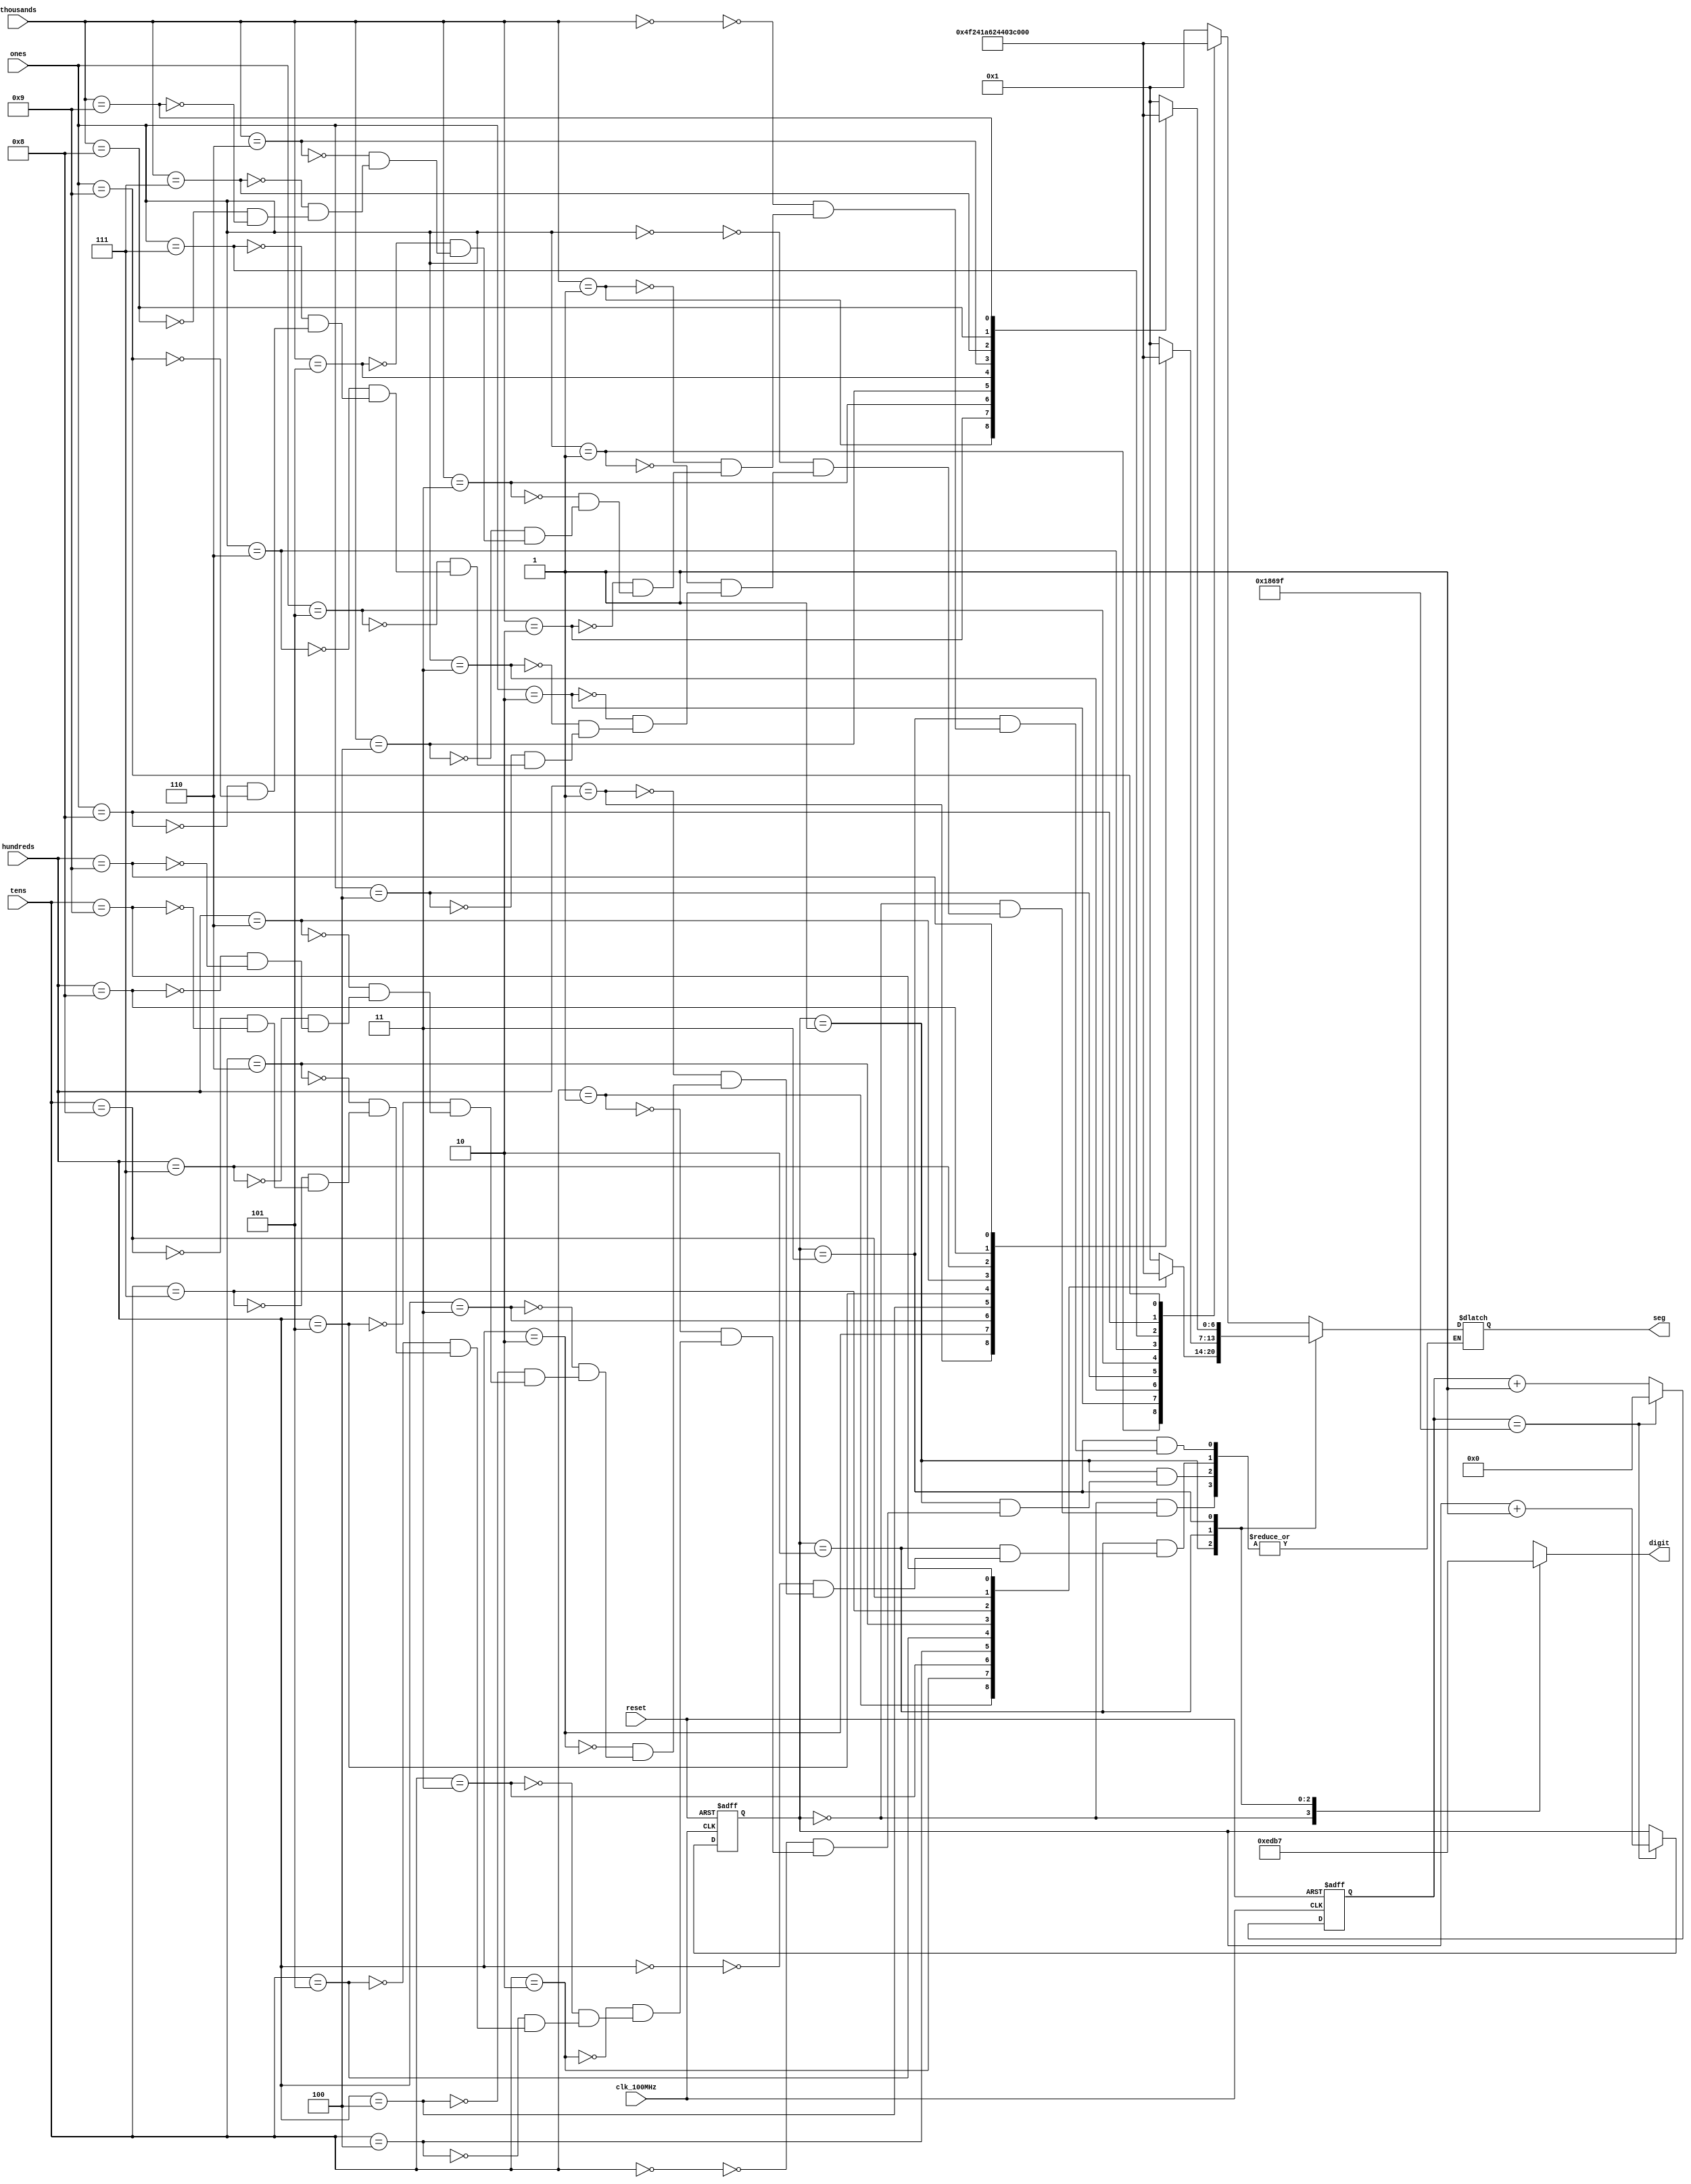
`timescale 1ns / 1ps

module seven_seg(
    input clk_100MHz,
    input reset,
    input [3:0] ones,
    input [3:0] tens,
    input [3:0] hundreds,
    input [3:0] thousands,
    output reg [0:6] seg,       // segment pattern 0-9
    output reg [3:0] digit      // digit select signals
    );
    
    // Parameters for segment patterns
    parameter ZERO  = 7'b000_0001;  // 0
    parameter ONE   = 7'b100_1111;  // 1
    parameter TWO   = 7'b001_0010;  // 2 
    parameter THREE = 7'b000_0110;  // 3
    parameter FOUR  = 7'b100_1100;  // 4
    parameter FIVE  = 7'b010_0100;  // 5
    parameter SIX   = 7'b010_0000;  // 6
    parameter SEVEN = 7'b000_1111;  // 7
    parameter EIGHT = 7'b000_0000;  // 8
    parameter NINE  = 7'b000_0100;  // 9
    
    // To select each digit in turn
    reg [1:0] digit_select;     // 2 bit counter for selecting each of 4 digits
    reg [16:0] digit_timer;     // counter for digit refresh
    
    // Logic for controlling digit select and digit timer
    always @(posedge clk_100MHz or posedge reset) begin
        if(reset) begin
            digit_select <= 0;
            digit_timer <= 0; 
        end
        else                                        // 1ms x 4 displays = 4ms refresh period
            if(digit_timer == 99_999) begin         // The period of 100MHz clock is 10ns (1/100,000,000 seconds)
                digit_timer <= 0;                   // 10ns x 100,000 = 1ms (99_999)
                digit_select <=  digit_select + 1;
            end
            else
                digit_timer <=  digit_timer + 1;
    end
   
    always @(digit_select) begin
        case(digit_select) 
            2'b00 : digit = 4'b1110;  
            2'b01 : digit = 4'b1101;   
            2'b10 : digit = 4'b1011;   
            2'b11 : digit = 4'b0111;  
        endcase
    end
    
    
    always @*
        case(digit_select)
            2'b00 : begin       // ONES DIGIT
                        case(ones)
                            4'b0000 : seg = ZERO;
                            4'b0001 : seg = ONE;
                            4'b0010 : seg = TWO;
                            4'b0011 : seg = THREE;
                            4'b0100 : seg = FOUR;
                            4'b0101 : seg = FIVE;
                            4'b0110 : seg = SIX;
                            4'b0111 : seg = SEVEN;
                            4'b1000 : seg = EIGHT;
                            4'b1001 : seg = NINE;
                        endcase
                    end
                    
            2'b01 : begin       // TENS DIGIT
                        case(tens)
                            4'b0000 : seg = ZERO;
                            4'b0001 : seg = ONE;
                            4'b0010 : seg = TWO;
                            4'b0011 : seg = THREE;
                            4'b0100 : seg = FOUR;
                            4'b0101 : seg = FIVE;
                            4'b0110 : seg = SIX;
                            4'b0111 : seg = SEVEN;
                            4'b1000 : seg = EIGHT;
                            4'b1001 : seg = NINE;
                        endcase
                    end
                    
            2'b10 : begin       // HUNDREDS DIGIT
                        case(hundreds)
                            4'b0000 : seg = ZERO;
                            4'b0001 : seg = ONE;
                            4'b0010 : seg = TWO;
                            4'b0011 : seg = THREE;
                            4'b0100 : seg = FOUR;
                            4'b0101 : seg = FIVE;
                            4'b0110 : seg = SIX;
                            4'b0111 : seg = SEVEN;
                            4'b1000 : seg = EIGHT;
                            4'b1001 : seg = NINE;
                        endcase
                    end
                    
            2'b11 : begin       // MINUTES ONES DIGIT
                        case(thousands)
                            4'b0000 : seg = ZERO;
                            4'b0001 : seg = ONE;
                            4'b0010 : seg = TWO;
                            4'b0011 : seg = THREE;
                            4'b0100 : seg = FOUR;
                            4'b0101 : seg = FIVE;
                            4'b0110 : seg = SIX;
                            4'b0111 : seg = SEVEN;
                            4'b1000 : seg = EIGHT;
                            4'b1001 : seg = NINE;
                        endcase
                    end
        endcase

endmodule